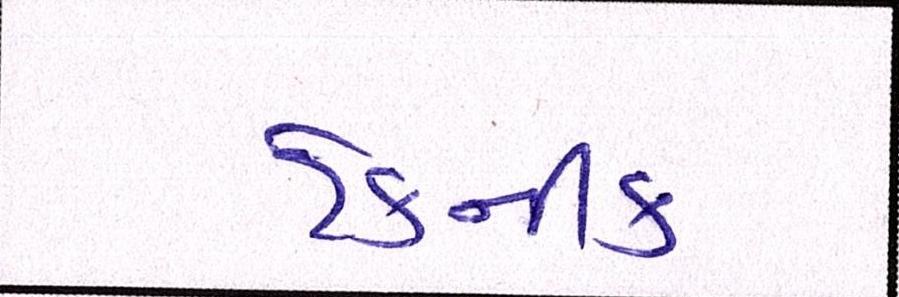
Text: ટેકનીક